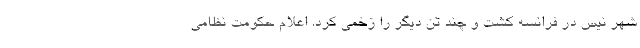
شهر نیس در فرانسه کشت و چند تن دیگر را زخمی کرد. اعلام حکومت نظامی